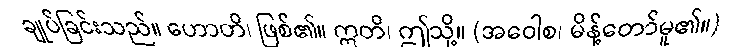
ချုပ်ခြင်းသည်။ ဟောတိ၊ ဖြစ်၏။ ဣတိ၊ ဤသို့။ (အဝေါစ၊ မိန့်တော်မူ၏။)